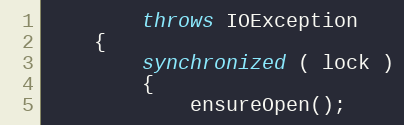
Language: Java
        throws IOException
    {
        synchronized ( lock )
        {
            ensureOpen();